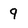
Character: 9